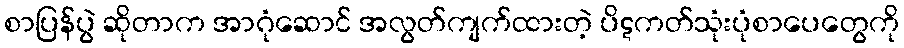
စာပြန်ပွဲ ဆိုတာက အာဂုံဆောင် အလွတ်ကျက်ထားတဲ့ ပိဋကတ်သုံးပုံစာပေတွေကို